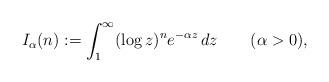
LaTeX: \begin{align*} I_\alpha(n):=\int_1^\infty (\log z)^n e^{-\alpha z} \, dz \qquad(\alpha>0),\end{align*}